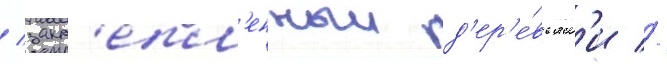
/ закр'епл'енныи д'ер'е́вьям'и //